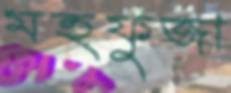
মহফুজা